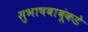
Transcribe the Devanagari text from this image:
सुभाषबाबूंकडे